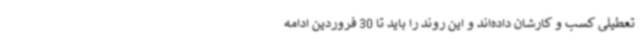
تعطیلی کسب و کارشان داده‌اند و این روند را باید تا 30 فروردین ادامه